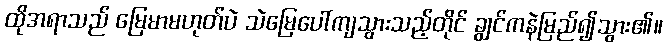
ထိုအရာသည် မြေမာမဟုတ်ပဲ သဲမြေပေါ်ကျသွားသည့်တိုင် ချွင်ကနဲမြည်၍သွား၏။